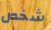
شخص